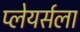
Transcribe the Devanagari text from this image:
प्लेयर्सला